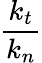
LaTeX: \frac{k_{t}}{k_{n}}